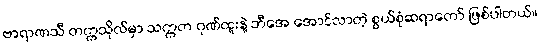
ဗာရာဏသီ တက္ကသိုလ်မှာ သက္ကတ ဂုဏ်ထူးနဲ့ ဘီအေ အောင်လာတဲ့ စွယ်စုံဆရာတော် ဖြစ်ပါတယ်။